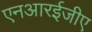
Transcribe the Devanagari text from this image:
एनआरईजीए